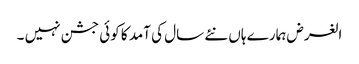
الغرض ہمارے ہاں نئے سال کی آمد کا کوئی جشن نہیں ۔